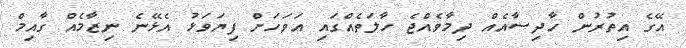
އޭގެ އިތުރުން ހާދިސާއެއް ދިމާވެއްޖެ ހާލަތެއްގައި އަވަހަށް ފިޔަވަޅު އެޅޭނެ ނިޒާމެއް ގާއިމް